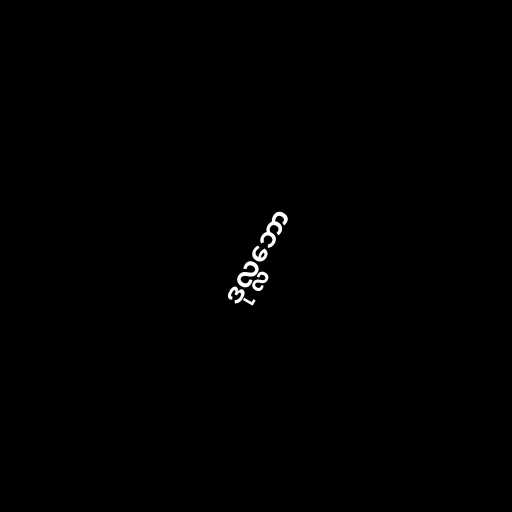
ဒုလ္လဘော